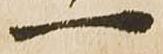
一